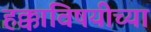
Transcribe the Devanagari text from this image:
हक्कांविषयीच्या